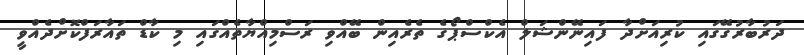
ދަރުބާރުގޭގައި ކުރިއަށްދާ ފައިނޭންޝަލް އެކްސްޕޯގެ ތެރެއިން ބޭއްވި ރަސްމިއްޔާތެއްގައި މި ކާޑް ތައާރަފްކޮށްދެއްވީ